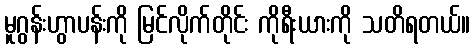
မူဂွန်းဟွာပန်းကို မြင်လိုက်တိုင်း ကိုရီးယားကို သတိရတယ်။